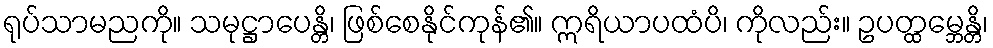
ရုပ်သာမညကို။ သမုဋ္ဌာပေန္တိ၊ ဖြစ်စေနိုင်ကုန်၏။ ဣရိယာပထံပိ၊ ကိုလည်း။ ဥပတ္ထမ္ဘေန္တိ၊